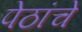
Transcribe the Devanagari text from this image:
पेठांचे